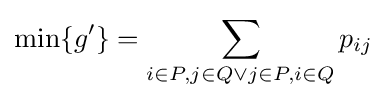
\min\{g'\}=\sum _{i\in P,j\in Q\lor j\in P,i\in Q}p_{ij}